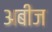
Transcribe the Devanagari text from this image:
अबीज